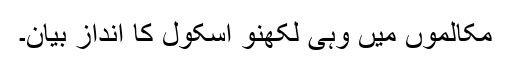
مکالموں میں وہی لکھنو اسکول کا انداز بیان۔